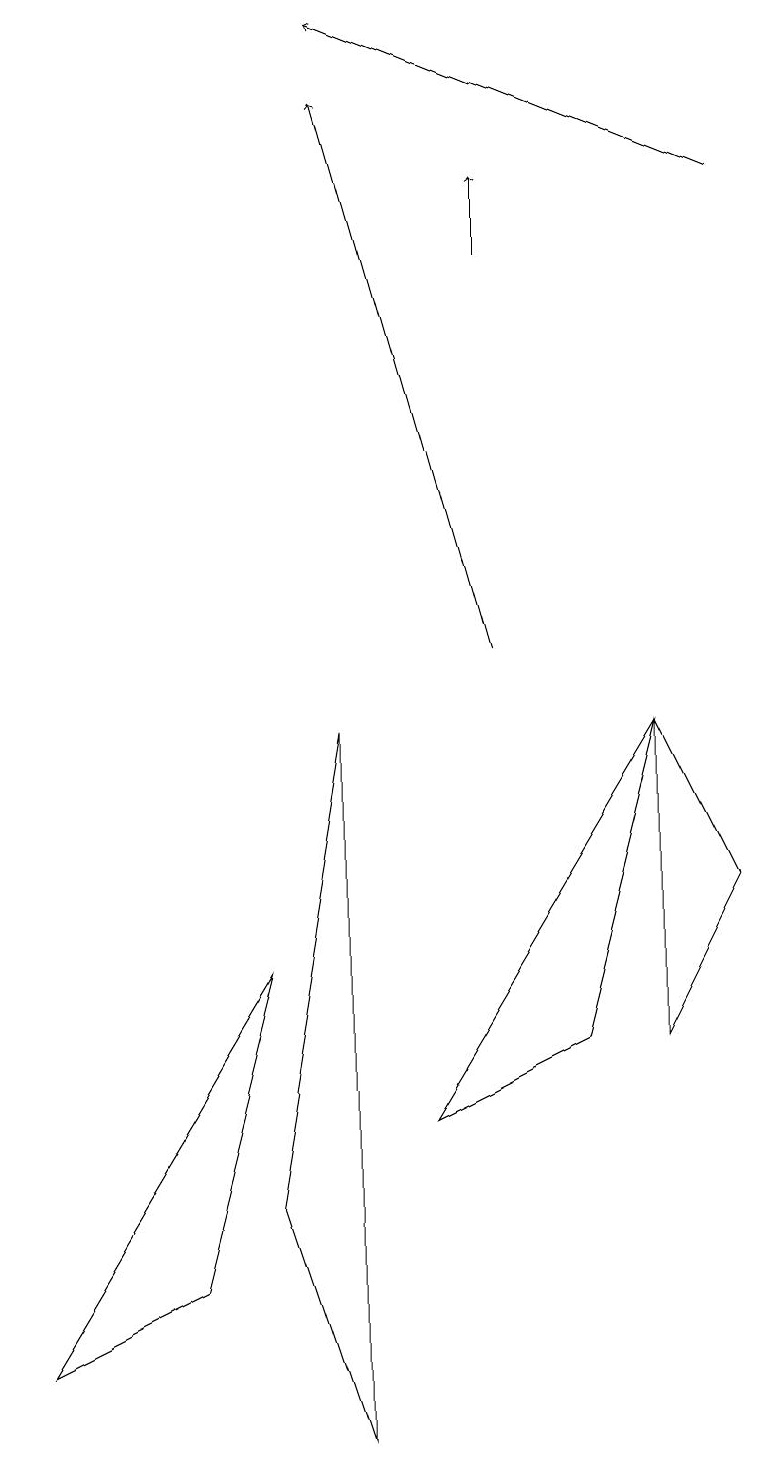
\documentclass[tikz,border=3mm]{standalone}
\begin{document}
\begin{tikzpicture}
\draw[->] (9,16) -- (4,18);
\draw[->] (6,15) -- (6,16);
\draw (3,6) -- (0,1) -- (2,2) -- cycle;
\draw[->] (6,10) -- (4,17);
\draw (4,0) -- (3,3) -- (4,9) -- cycle;
\draw (9,7) -- (8,9) -- (8,5) -- cycle;
\draw (5,4) -- (8,9) -- (7,5) -- cycle;
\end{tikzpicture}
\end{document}